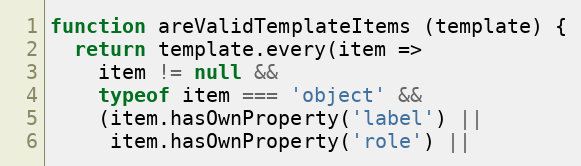
Language: JavaScript
function areValidTemplateItems (template) {
  return template.every(item =>
    item != null &&
    typeof item === 'object' &&
    (item.hasOwnProperty('label') ||
     item.hasOwnProperty('role') ||